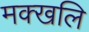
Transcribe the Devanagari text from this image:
मक्खलि